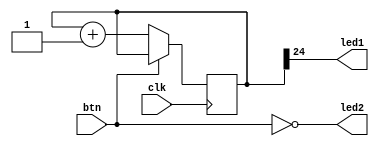
module led (led1,led2,clk,btn);
	input clk;
	input btn;
	output led1;
	output led2;
	reg[24:0]count;
	assign led1 = count[24];
	assign led2 = ~btn;
	always @(posedge(clk)) begin
		if(btn == 0) count <= count + 1;
	end
endmodule